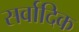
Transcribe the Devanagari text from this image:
सर्वादिक